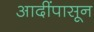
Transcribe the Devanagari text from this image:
आदींपासून